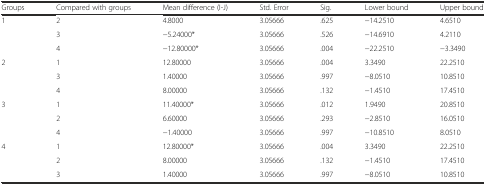
| Groups | Compared with groups | Mean difference (I-J) | Std. Error | Sig. | Lower bound | Upper bound |
 | --- | --- | --- | --- | --- | --- | --- |
 | <ROWSPAN=3> 1 | 2 | 4.8000 | 3.05666 | .625 | −14.2510 | 4.6510 |
 | 3 | −5.24000* | 3.05666 | .526 | −14.6910 | 4.2110 |
 | 4 | −12.80000* | 3.05666 | .004 | −22.2510 | −3.3490 |
 | <ROWSPAN=3> 2 | 1 | 12.80000 | 3.05666 | .004 | 3.3490 | 22.2510 |
 | 3 | 1.40000 | 3.05666 | .997 | −8.0510 | 10.8510 |
 | 4 | 8.00000 | 3.05666 | .132 | −1.4510 | 17.4510 |
 | <ROWSPAN=3> 3 | 1 | 11.40000* | 3.05666 | .012 | 1.9490 | 20.8510 |
 | 2 | 6.60000 | 3.05666 | .293 | −2.8510 | 16.0510 |
 | 4 | −1.40000 | 3.05666 | .997 | −10.8510 | 8.0510 |
 | <ROWSPAN=3> 4 | 1 | 12.80000* | 3.05666 | .004 | 3.3490 | 22.2510 |
 | 2 | 8.00000 | 3.05666 | .132 | −1.4510 | 17.4510 |
 | 3 | 1.40000 | 3.05666 | .997 | −8.0510 | 10.8510 |